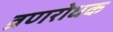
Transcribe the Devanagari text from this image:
व्रणरोधक